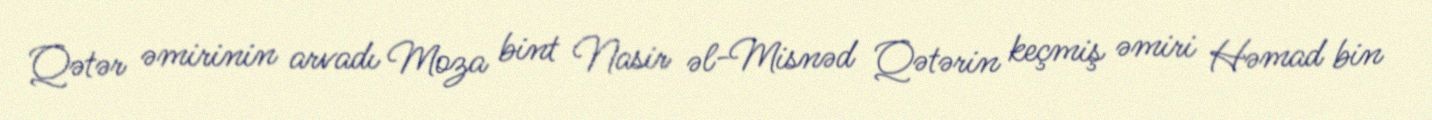
Qətər əmirinin arvadı Moza bint Nasir əl-Misnəd Qətərin keçmiş əmiri Həmad bin